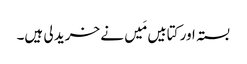
بستہ اور کتابیں مَیں نے خرید لی ہیں۔